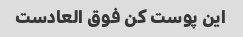
این پوست کن فوق العادست